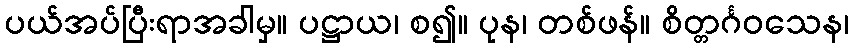
ပယ်အပ်ပြီးရာအခါမှ။ ပဋ္ဌာယ၊ စ၍။ ပုန၊ တစ်ဖန်။ စိတ္တင်္ဂဝသေန၊